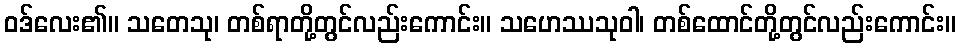
ဝဒ်လေး၏။ သတေသု၊ တစ်ရာတို့တွင်လည်းကောင်း။ သဟေဿသုဝါ၊ တစ်ထောင်တို့တွင်လည်းကောင်း။